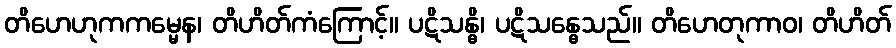
တိဟေဟုကကမ္မေန၊ တိဟိတ်ကံကြောင့်။ ပဋိသန္ဓိ၊ ပဋိသန္ဓေသည်။ တိဟေတုကာဝ၊ တိဟိတ်